Philaematomyia insignis, Austen - Number 54
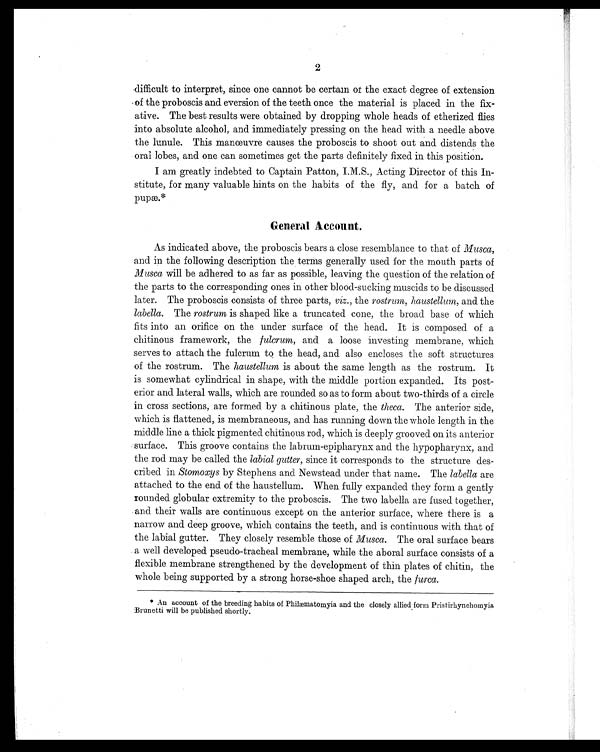
2
difficult to interpret, since one cannot be certain of the exact degree of extension
of the proboscis and eversion of the teeth once the material is placed in the fix
-ative. The best results were obtained by dropping whole heads of etherized flies
into absolute alcohol, and immediately pressing on the head with a needle above
the lunule. This manoeuvre causes the proboscis to shoot out and distends the
oral lobes, and one can sometimes get the parts definitely fixed in this position.
I am greatly indebted to Captain Patton, LE S., Acting Director of this In
-stitute, for many valuable hints on the habits of the fly, and for a batch of
pup.*
General Account.
As indicated above, the proboscis bears a close resemblance to that of Musca,
and in the following description the terms generally used for the mouth parts of
Musca will be adhered to as far as possible, leaving the question of the relation of
the parts to the corresponding ones in other blood-sucking muscids to be discussed
later. The proboscis consists of three parts, viz., the rostrum, haustellum, and the
labella. The rostrum is shaped like a truncated cone, the broad base of which
fits into an orifice on the under surface of the head. It is composed of a
chitinous framework, the fulcrum, and a loose investing membrane, which
serves to attach the fulcrum to the head, and also encloses the soft structures
of the rostrum. The haustellum is about the same length as the rostrum. It
is somewhat cylindrical in shape, with the middle portion expanded. Its post
-erior and lateral walls, which are rounded so as to form about two-thirds of a circle
in cross sections, are formed by a chitinous plate, the theca. The anterior side,
which is flattened, is membraneous, and has running down the whole length in the
middle line a thick pigmented chitinous rod, which is deeply grooved on its anterior
surface. This groove contains the labrum-epipharynx and the hypopharynx, and
the rod may be called the labial gutter, since it corresponds to the structure des
-cribed in Stomoxys by Stephens and Newstead under that name. The labella are
attached to the end of the haustellum. When fully expanded they form a gently
rounded globular extremity to the proboscis. The two labella are fused together,
and their walls are continuous except on the anterior surface, where there is a
narrow and deep groove, which contains the teeth, and is continuous with that of
the labial gutter. They closely resemble those of Musca. The oral surface bears
a well developed pseudo-tracheal membrane, while the aboral surface consists of a
flexible membrane strengthened by the development of thin plates of chitin, the
whole being supported by a strong horse-shoe shaped arch, the furca.
* An account of the breeding habits of Philcematomyia and the closely allied form Pristirhynchomyia
Brunetti will be published shortly.